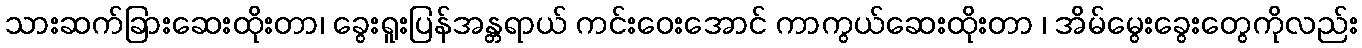
သားဆက်ခြားဆေးထိုးတာ၊ ခွေးရူးပြန်အန္တရာယ် ကင်းဝေးအောင် ကာကွယ်ဆေးထိုးတာ ၊ အိမ်မွေးခွေးတွေကိုလည်း